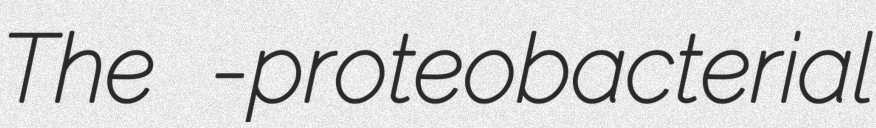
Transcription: The γ-proteobacterial